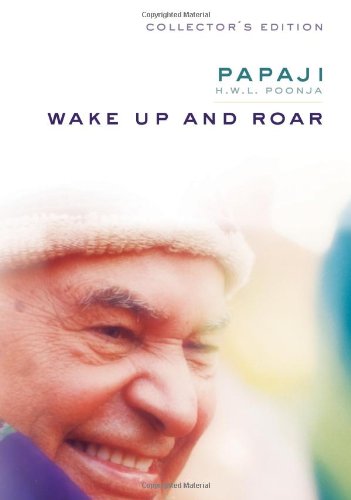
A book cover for Wake up and Roar; H.W.L. Poonja; Religion & Spirituality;